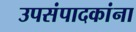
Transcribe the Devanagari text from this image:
उपसंपादकांना